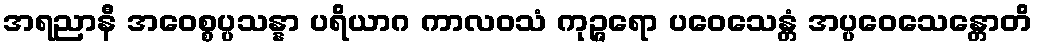
အရညာနီ အဝေစ္စပ္ပသန္နာ ပရိယာဂ ကာလဝသံ ကုဉ္ဇရော ပဝေသေန္တံ အပ္ပဝေသေန္တောတိ